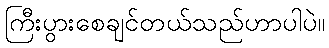
ကြီးပွားစေချင်တယ်သည်ဟာပါပဲ။